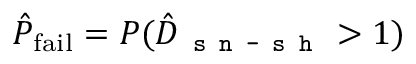
\hat { P } _ { \mathrm { f a i l } } = P ( \hat { D } _ { \texttt { s n - s h } } > 1 )